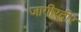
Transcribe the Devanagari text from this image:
जागीरदीर